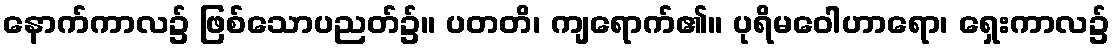
နောက်ကာလ၌ ဖြစ်သောပညတ်၌။ ပတတိ၊ ကျရောက်၏။ ပုရိမဝေါဟာရော၊ ရှေးကာလ၌